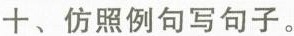
十、仿照例句写句子。